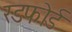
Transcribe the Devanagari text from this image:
रडफोर्ड